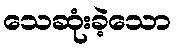
သေဆုံးခဲ့သော